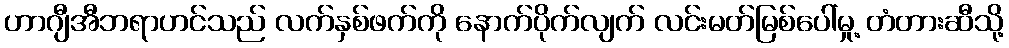
ဟာဂျီအီဘရာဟင်သည် လက်နှစ်ဖက်ကို နောက်ပိုက်လျက် လင်းမတ်မြစ်ပေါ်မှု့ တံတားဆီသို့